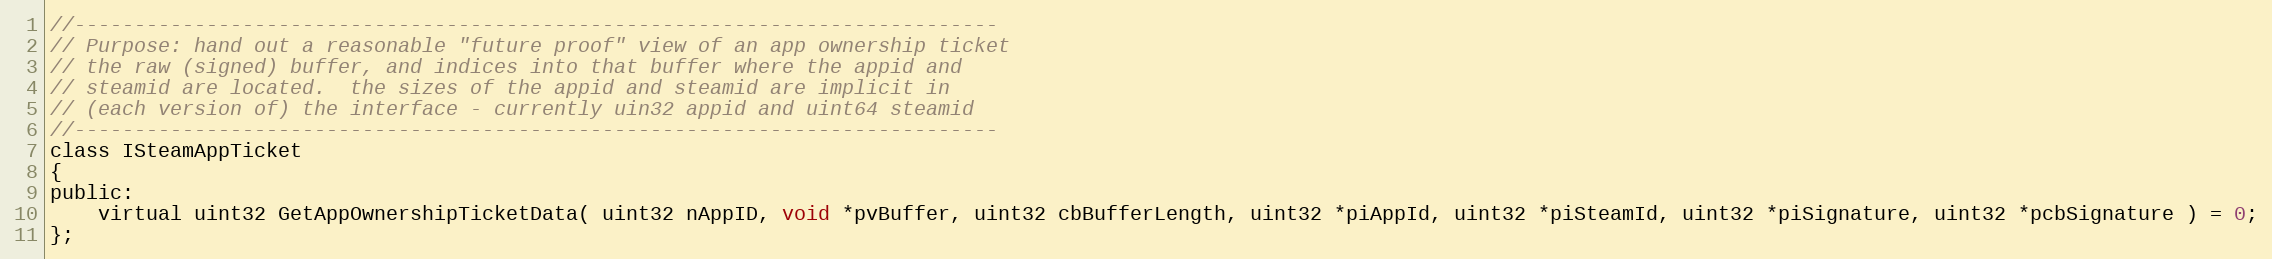
Language: C
//-----------------------------------------------------------------------------
// Purpose: hand out a reasonable "future proof" view of an app ownership ticket
// the raw (signed) buffer, and indices into that buffer where the appid and
// steamid are located.  the sizes of the appid and steamid are implicit in
// (each version of) the interface - currently uin32 appid and uint64 steamid
//-----------------------------------------------------------------------------
class ISteamAppTicket
{
public:
    virtual uint32 GetAppOwnershipTicketData( uint32 nAppID, void *pvBuffer, uint32 cbBufferLength, uint32 *piAppId, uint32 *piSteamId, uint32 *piSignature, uint32 *pcbSignature ) = 0;
};